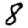
Digit: 8